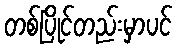
တစ်ပြိုင်တည်းမှာပင်